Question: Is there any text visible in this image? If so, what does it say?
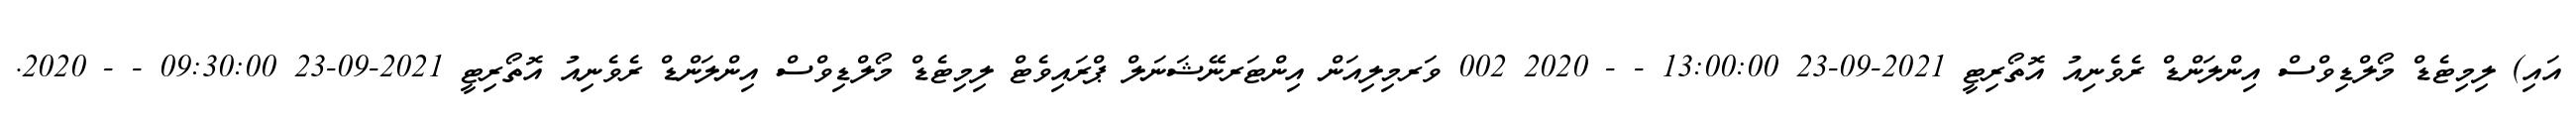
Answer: އައި) ލިމިޓެޑް މޯލްޑިވްސް އިންލަންޑް ރެވެނިއު އޮތޯރިޓީ 2021-09-23 13:00:00 - - 2020 002 ވަރމިލިއަން އިންޓަރނޭޝަނަލް ޕްރައިވެޓް ލިމިޓެޑް މޯލްޑިވްސް އިންލަންޑް ރެވެނިއު އޮތޯރިޓީ 2021-09-23 09:30:00 - - 2020.